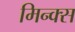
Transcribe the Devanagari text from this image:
मिन्क्स